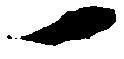
一